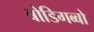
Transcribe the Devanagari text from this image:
बोडिगब्बो